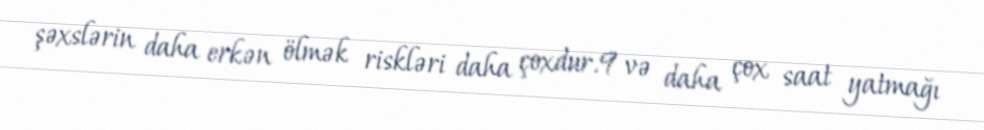
şəxslərin daha erkən ölmək riskləri daha çoxdur.9 və daha çox saat yatmağı